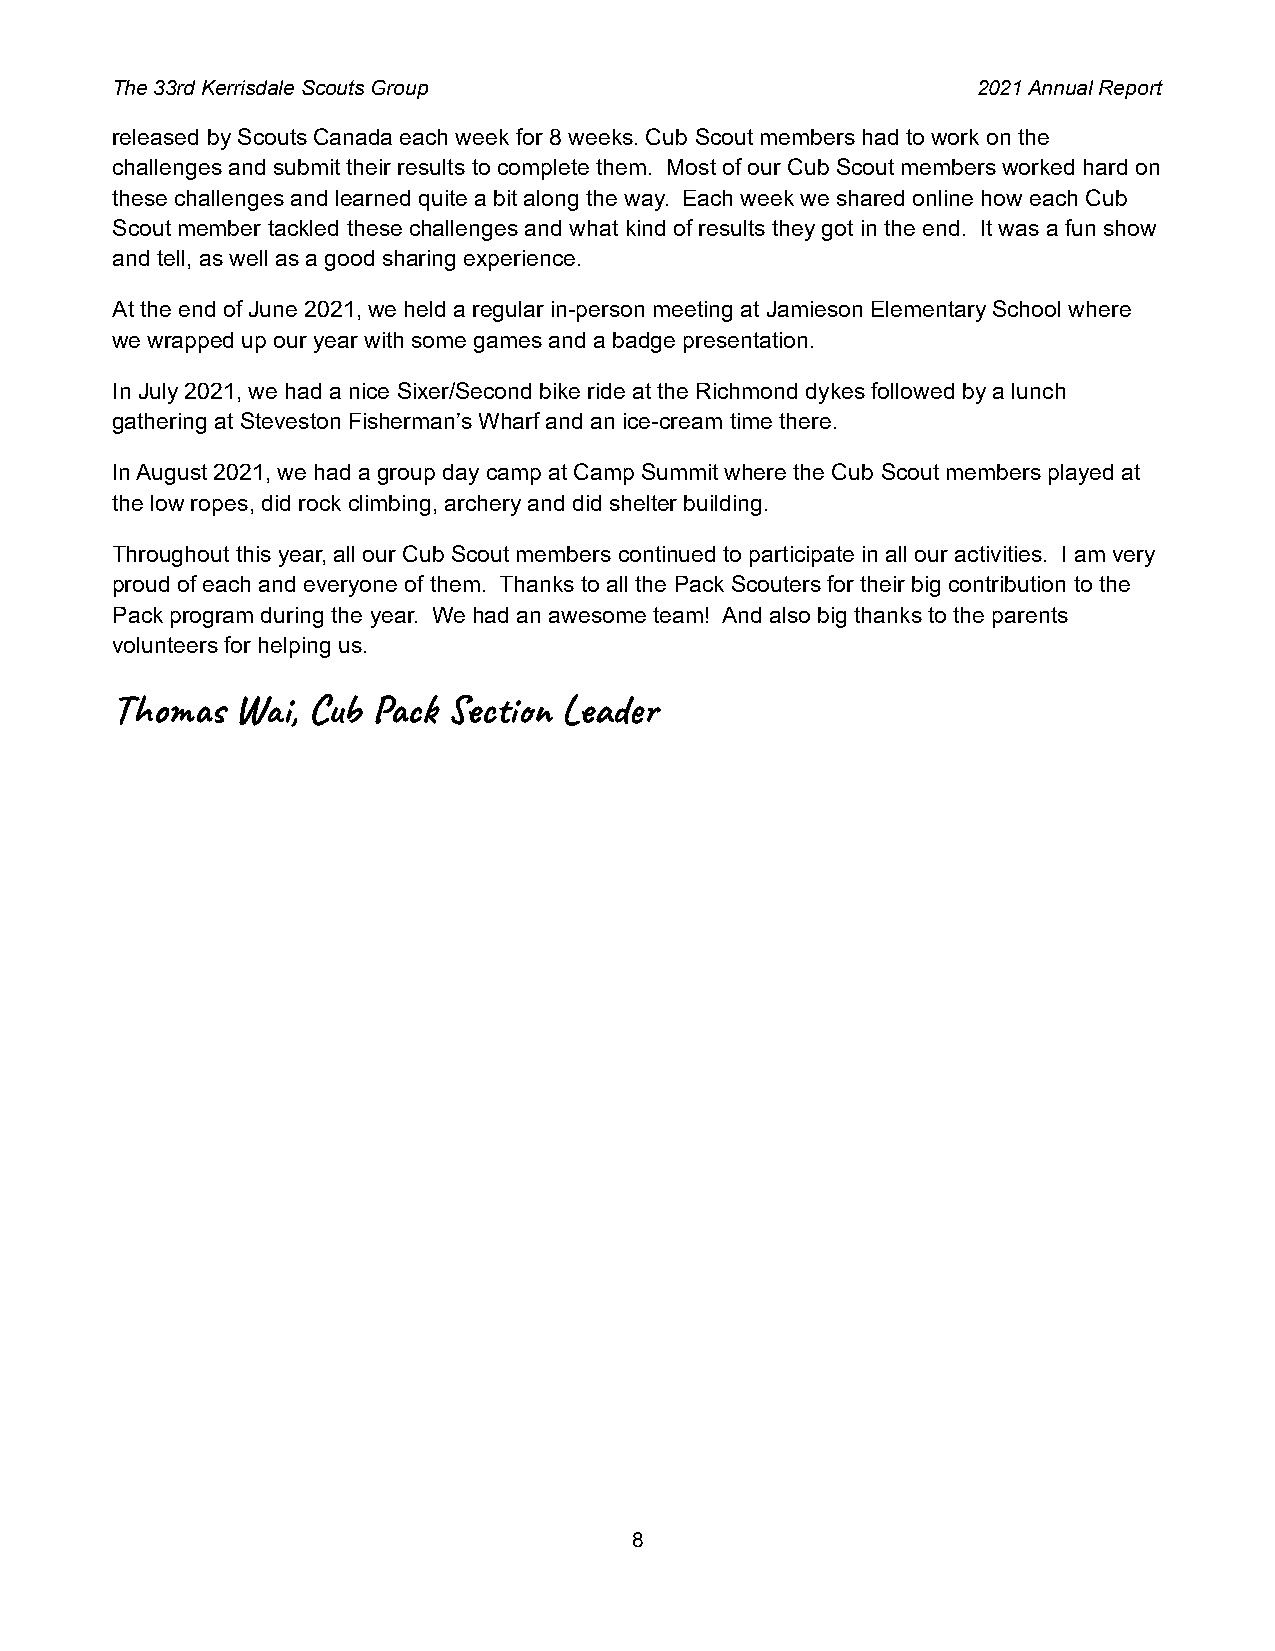
The 33rd Kerrisdale Scouts Group                          2021 Annual Report
 released by Scouts Canada each week for 8 weeks. Cub Scout members had to work on the
 challenges and submit their results to complete them. Most of our Cub Scout members worked hard on
 these challenges and learned quite a bit along the way. Each week we shared online how each Cub
 Scout member tackled these challenges and what kind of results they got in the end. It was a fun show
 and tell, as well as a good sharing experience.
 At the end of June 2021, we held a regular in-person meeting at Jamieson Elementary School where
 we wrapped up our year with some games and a badge presentation.
 In July 2021, we had a nice Sixer/Second bike ride at the Richmond dykes followed by a lunch
 gathering at Steveston Fisherman’s Wharf and an ice-cream time there.
 In August 2021, we had a group day camp at Camp Summit where the Cub Scout members played at
 the low ropes, did rock climbing, archery and did shelter building.
 Throughout this year, all our Cub Scout members continued to participate in all our activities. I am very
 proud of each and everyone of them. Thanks to all the Pack Scouters for their big contribution to the
 Pack program during the year. We had an awesome team! And also big thanks to the parents
 volunteers for helping us.
 Tho   Wi, Cub  ci Lad
 8